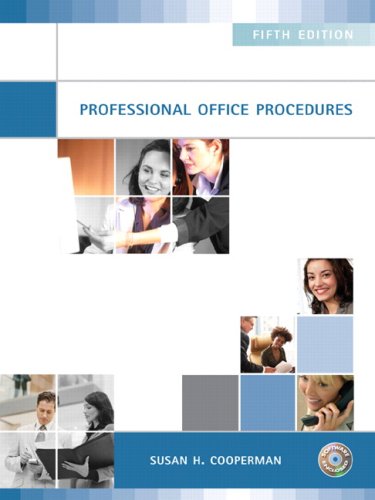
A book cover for Professional Office Procedures (5th Edition); Susan H. Cooperman; Business & Money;